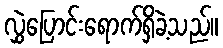
လွှဲပြောင်းရောက်ရှိခဲ့သည်။